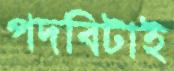
পদবিটাই